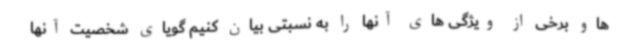
هاو برخی از ویژگی های آنها را به نسبتی بیان کنیم گویای شخصیت آنها